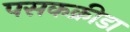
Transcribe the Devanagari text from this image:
पसकक्रीडा